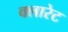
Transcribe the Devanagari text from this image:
क्लारेट